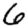
Digit: 6